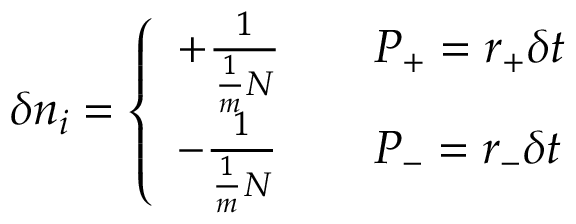
\delta n _ { i } = \left\{ \begin{array} { l l } { + \frac { 1 } { \frac { 1 } { m } N } } & { \quad P _ { + } = r _ { + } \delta t } \\ { - \frac { 1 } { \frac { 1 } { m } N } } & { \quad P _ { - } = r _ { - } \delta t } \end{array} \right.